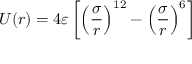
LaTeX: U ( r ) = 4 \varepsilon \left[ \left( { \frac { \sigma } { r } } \right) ^ { 1 2 } - \left( { \frac { \sigma } { r } } \right) ^ { 6 } \right]